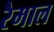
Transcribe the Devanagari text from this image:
रैमाल